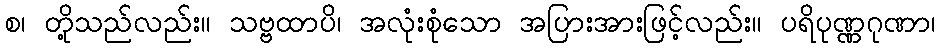
စ၊ တို့သည်လည်း။ သဗ္ဗထာပိ၊ အလုံးစုံသော အပြားအားဖြင့်လည်း။ ပရိပုဏ္ဏဂုဏာ၊